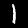
Digit: 1